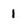
Character: 1